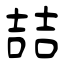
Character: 喆